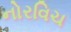
નોરવિચ